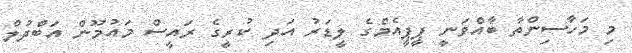
މި މަހާސިންތާ ބާއްވަނީ ޕީޕީއެމްގެ ލީޑަރު އަދި ކުރީގެ ރައީސް މައުމޫން އަބްދުލް